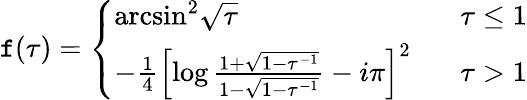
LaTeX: \mathtt{f}(\tau)=\left\{ \begin{array}{ll}{{\mathrm{arcsin}^{2}\sqrt{\tau}}}&{{\tau\leq 1}}\\ {{-\frac{1}{4}\left[\log\frac{1+\sqrt{1-\tau^{-1}}}{1-\sqrt{1-\tau^{-1}}}-i\pi\right]^{2}\ \ \ }}&{{\tau>1}}\end{array}\right.